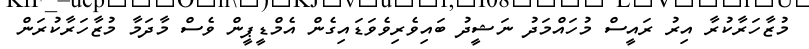
މުޒާހަރާކުރާ އިރު ރައީސް މުހައްމަދު ނަޝީދު ބައިވެރިވެވަޑައިގެން އެމްޑީޕީން ވެސް މާދަމާ މުޒާހަރާކުރަން